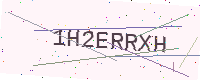
Text: 1H2ERRXH